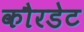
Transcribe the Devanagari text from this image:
कौरडेट